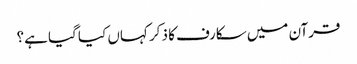
قرآن میں سکارف کا ذکر کہاں کیا گیا ہے؟